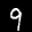
Label: 9